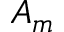
A _ { m }